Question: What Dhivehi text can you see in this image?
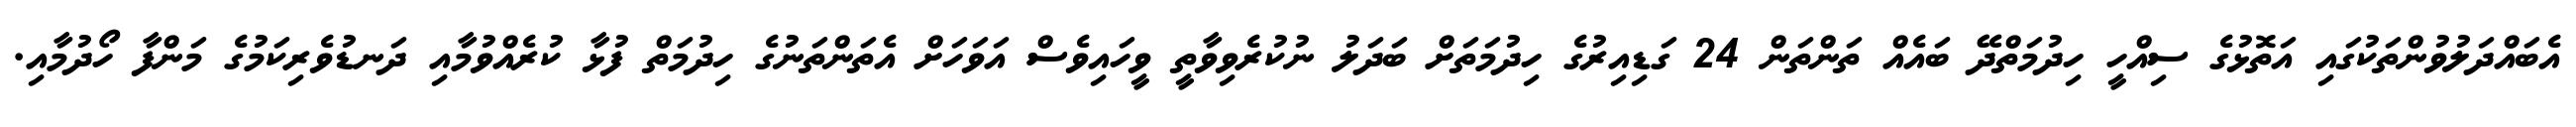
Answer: އެބައްދަލުވުންތަކުގައި އަތޮޅުގެ ސިއްހީ ހިދުމަތްދޭ ބައެއް ތަންތަން 24 ގަޑިއިރުގެ ހިދުމަތަށް ބަދަލު ނުކުރެވިވާތީ ވީހައިވެސް އަވަހަށް އެތަންތަނުގެ ހިދުމަތް ފުޅާ ކުރެއްވުމާއި ދަނޑުވެރިކަމުގެ މަންފާ ހޯދުމާއި.